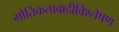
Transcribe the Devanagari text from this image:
भौतिकतावादीविश्लेषण